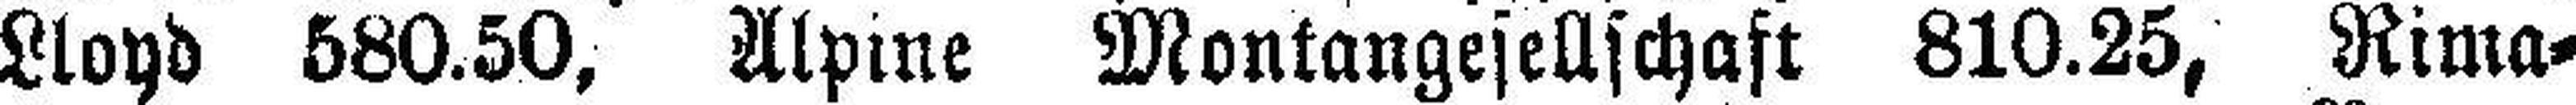
Lloyd 580.50, Alpine Montangesellschaft 810.25, Rima=